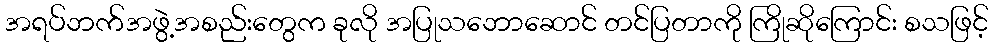
အရပ်ဘက်အဖွဲ့အစည်းတွေက ခုလို အပြုသဘောဆောင် တင်ပြတာကို ကြိုဆိုကြောင်း စသဖြင့်